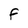
Character: F